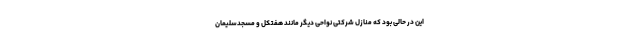
این در حالی بود که منازل شرکتی نواحی دیگر مانند هفتکل و مسجدسلیمان